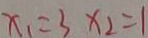
x _ { 1 } = 3 x _ { 2 } = 1